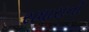
રાધારાની